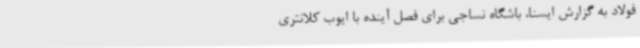
فولاد به گزارش ایسنا، باشگاه نساجی برای فصل آینده با ایوب کلانتری